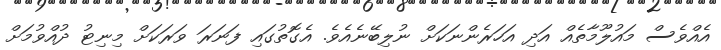
އެއްވެސް މައުލޫމާތެއް އަދި އަހަރެންނަކަށް ނުލިބޭނެއެވެ. އެގޮތުގައި ފަނަރަ ވަރަކަށް މިނިޓު ދުއްވުމަށް